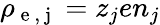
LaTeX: \rho_{\mathrm{~e~,~j~}}=z_{j}en_{j}